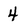
Character: 4